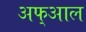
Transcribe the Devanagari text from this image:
अफ्आल